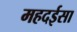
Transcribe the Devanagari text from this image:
महदईसा